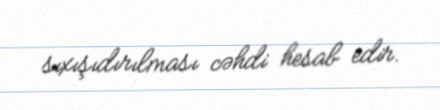
sıxışıdırılması cəhdi hesab edir.